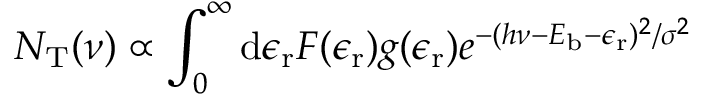
N _ { \mathrm { T } } ( \nu ) \propto \int _ { 0 } ^ { \infty } \mathrm { d } \epsilon _ { \mathrm { r } } F ( \epsilon _ { \mathrm { r } } ) g ( \epsilon _ { \mathrm { r } } ) e ^ { - ( h \nu - E _ { \mathrm { b } } - \epsilon _ { \mathrm { r } } ) ^ { 2 } / \sigma ^ { 2 } }